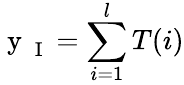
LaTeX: \mathrm{~y~}_{\mathrm{~I~}}=\sum_{i=1}^{l}T(i)